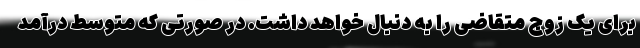
برای یک زوج متقاضی را به دنبال خواهد داشت. در صورتی که متوسط درآمد